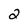
Character: 2